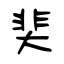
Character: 奜